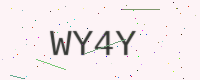
Text: WY4Y